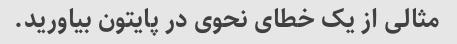
مثالی از یک خطای نحوی در پایتون بیاورید.